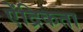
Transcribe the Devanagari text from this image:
ऐंद्रिकता